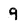
Character: 9